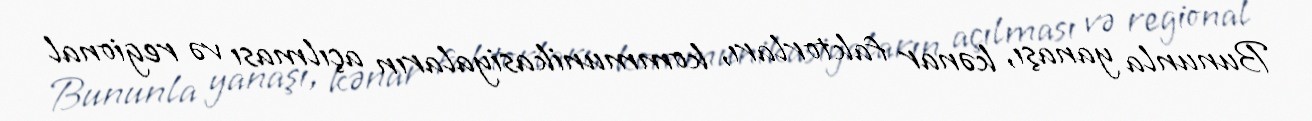
Bununla yanaşı, kənar faktorları, kommunikasiyaların açılması və regional